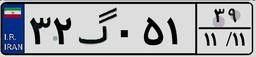
۳۲گ۰۵۱۳۹